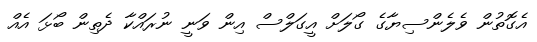
އެގޮތުން ވެލެންސިޔާގެ ގޯލަށް އީގަލްސް އިން ވަނީ ނުރައްކާ ދެތިން ބޯޅަ އެއް